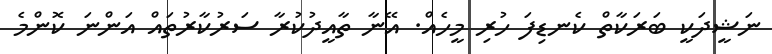
ނަޝީދަކީ ބަރަކާތް ކެނޑިފަ ހުރި މީހެއް. އޭނާ ތާއީދުކުރާ ސަރުކާރުތައް އަންނަ ކޮންމެ